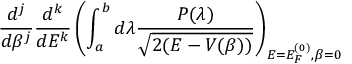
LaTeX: \frac { d ^ { j } } { d \beta ^ { j } } \frac { d ^ { k } } { d E ^ { k } } \left( \int _ { a } ^ { b } d \lambda \frac { P ( \lambda ) } { \sqrt { 2 ( E - V ( \beta ) ) } } \right) _ { E = E _ { F } ^ { ( 0 ) } , \beta = 0 }